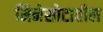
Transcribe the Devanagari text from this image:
मिनेसोटातील